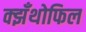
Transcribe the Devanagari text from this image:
क्झँथोफिल